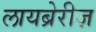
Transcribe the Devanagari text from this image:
लायब्रेरीज़